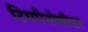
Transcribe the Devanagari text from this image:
टिमपैनोमीटर